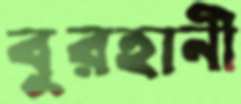
বুরহানী